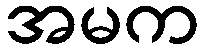
အမက